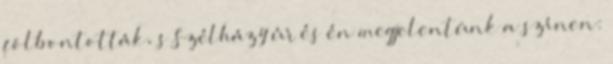
fölbontották, s Szélházy úr és én megjelentünk a színen: